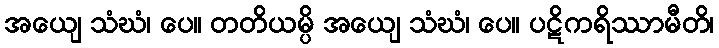
အယျေ သံဃံ၊ ပေ။ တတိယမ္ပိ အယျေ သံဃံ၊ ပေ။ ပဋိကရိဿာမီတိ၊